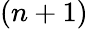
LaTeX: \left(n+1\right)